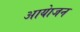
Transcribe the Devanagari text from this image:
आयेाजन